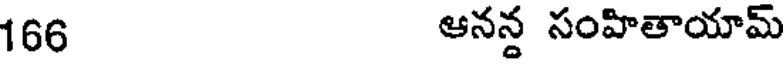
166 ఆనన్ద సంహితాయామ్